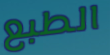
الطبع